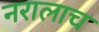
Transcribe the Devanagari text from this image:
नरालाच